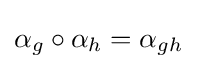
\alpha _{g}\circ \alpha _{h}=\alpha _{gh}